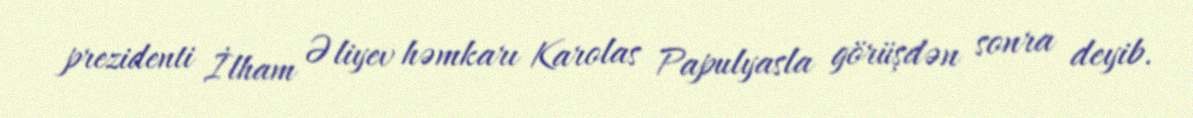
prezidenti İlham Əliyev həmkarı Karolas Papulyasla görüşdən sonra deyib.